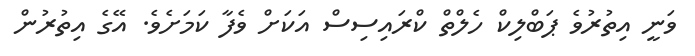
ވަނީ އިތުރުވެ ޕަބްލިކް ހެލްތް ކްރައިސިސް އަކަށް ވެފާ ކަމަށެވެ. އޭގެ އިތުރުން